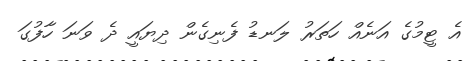
އެ ޓީމުގެ އަނެއް ހަތަރު ލަނޑު ފެނިގެން ދިޔައީ ދެ ވަނަ ހާފުގަ